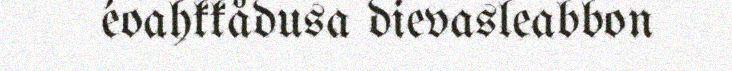
éoahkkådusa dievasleabbon